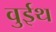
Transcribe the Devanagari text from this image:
वुईथ